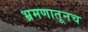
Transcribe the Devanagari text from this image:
भ्रमणातूनच